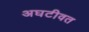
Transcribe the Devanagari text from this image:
अघटीवत